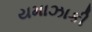
યમાઝાકી